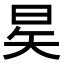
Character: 𪰖